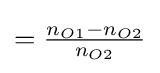
={\tfrac {n_{O1}-n_{O2}}{n_{O2}}}